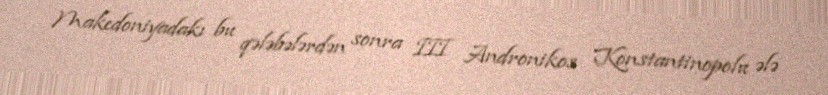
Makedoniyadakı bu qələbələrdən sonra III Andronikos Konstantinopolu ələ